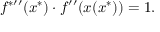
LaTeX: f ^ { { * } \prime \prime } ( x ^ { * } ) \cdot f ^ { \prime \prime } ( x ( x ^ { * } ) ) = 1 .